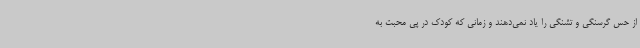
از حس گرسنگی و تشنگی را یاد نمی‌دهند و زمانی که کودک در پی محبت به